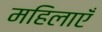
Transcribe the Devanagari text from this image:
महिलाएंँ